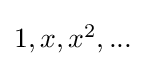
{\textstyle 1,x,x^{2},...}